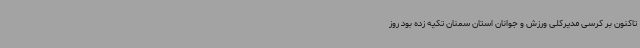
تاکنون بر کرسی مدیرکلی ورزش و جوانان استان سمنان تکیه زده بود روز